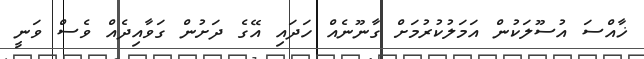
ޚާއްސަ އުސޫލަކުން އަމަލުކުރުމަށް ގާނޫނެއް ހަދައި އޭގެ ދަށުން ގަވާއިދެއް ވެސް ވަނީ